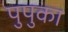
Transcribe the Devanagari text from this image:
पुपुका